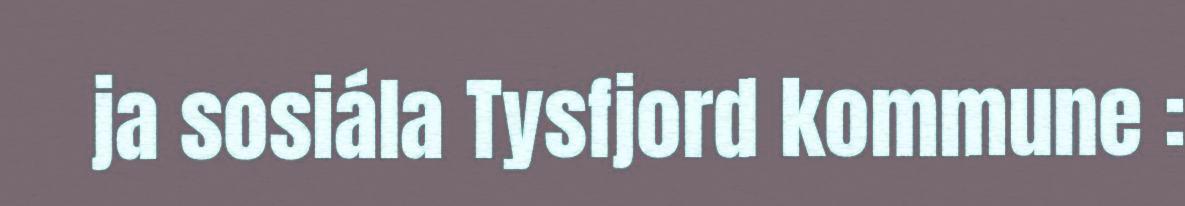
ja sosiála Tysfjord kommune :